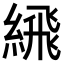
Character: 𦂹